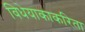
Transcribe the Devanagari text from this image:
विधेयाकाकरिता